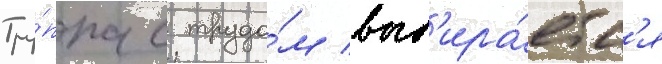
Гру́ппа с трудо́м выб'ира́етс'я